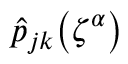
\hat { p } _ { j k } \mathopen { } \mathclose \bgroup \left( \zeta ^ { \alpha } \aftergroup \egroup \right)